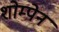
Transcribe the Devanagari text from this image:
शोम्पेन